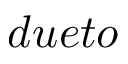
d u e t o